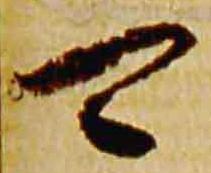
可